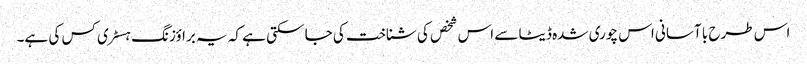
اس طرح با آسانی اس چوری شدہ ڈیٹا سے اس شخص کی شناخت کی جا سکتی ہے کہ یہ براؤزنگ ہسٹری کس کی ہے۔